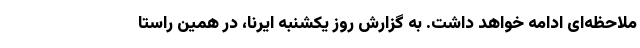
ملاحظه‌ای ادامه خواهد داشت. به گزارش روز یکشنبه ایرنا، در همین راستا